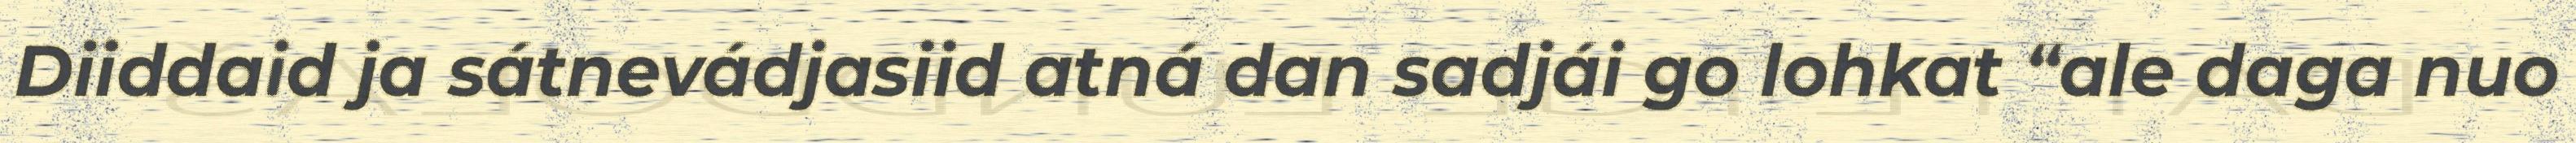
Diiddaid ja sátnevádjasiid atná dan sadjái go lohkat “ale daga nuo